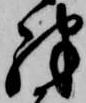
殊